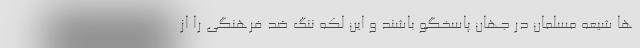
ها شیعه مسلمان در جهان پاسخگو باشند و این لکه ننگ ضد فرهنگی را از